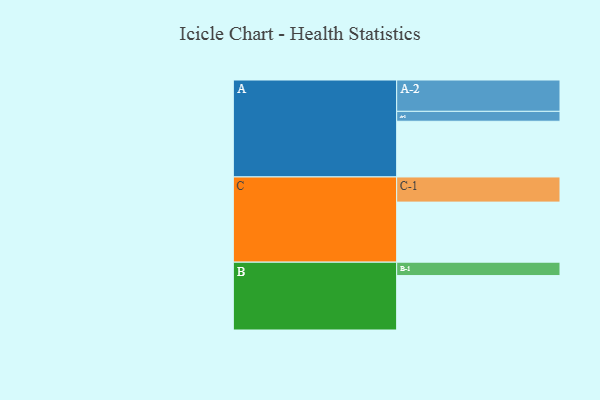
{"axis": {"x": "Segment", "y": "Value"}, "legend": ["", "A", "B", "C"], "data": [{"x": "A", "y": 432, "type": ""}, {"x": "B", "y": 422, "type": ""}, {"x": "C", "y": 466, "type": ""}, {"x": "A-1", "y": 77, "type": "A"}, {"x": "A-2", "y": 243, "type": "A"}, {"x": "B-1", "y": 104, "type": "B"}, {"x": "C-1", "y": 195, "type": "C"}]}